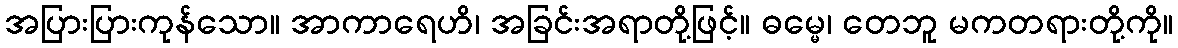
အပြားပြားကုန်သော။ အာကာရေဟိ၊ အခြင်းအရာတို့ဖြင့်။ ဓမ္မေ၊ တေဘူ မကတရားတို့ကို။